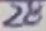
Text: 28